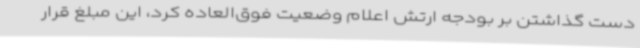
دست گذاشتن بر بودجه ارتش اعلام وضعیت فوق‌العاده کرد، این مبلغ قرار